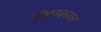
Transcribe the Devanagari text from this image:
कॅप्टनकाका